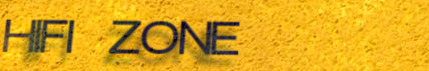
HIFI ZONE